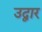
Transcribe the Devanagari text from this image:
उद्वार